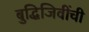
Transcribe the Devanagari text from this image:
बुद्धिजिवींची